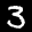
Label: 3